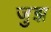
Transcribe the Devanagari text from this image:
जुझ